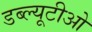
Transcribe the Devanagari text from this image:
डब्‍ल्यूटीओ